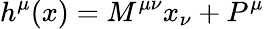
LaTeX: h^{\mu}(x)=M^{\mu\nu}x_{\nu}+P^{\mu}